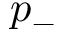
p _ { - }